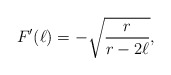
\begin{align*} F'(\ell)=-\sqrt{\frac{r}{r-2\ell}}, \end{align*}